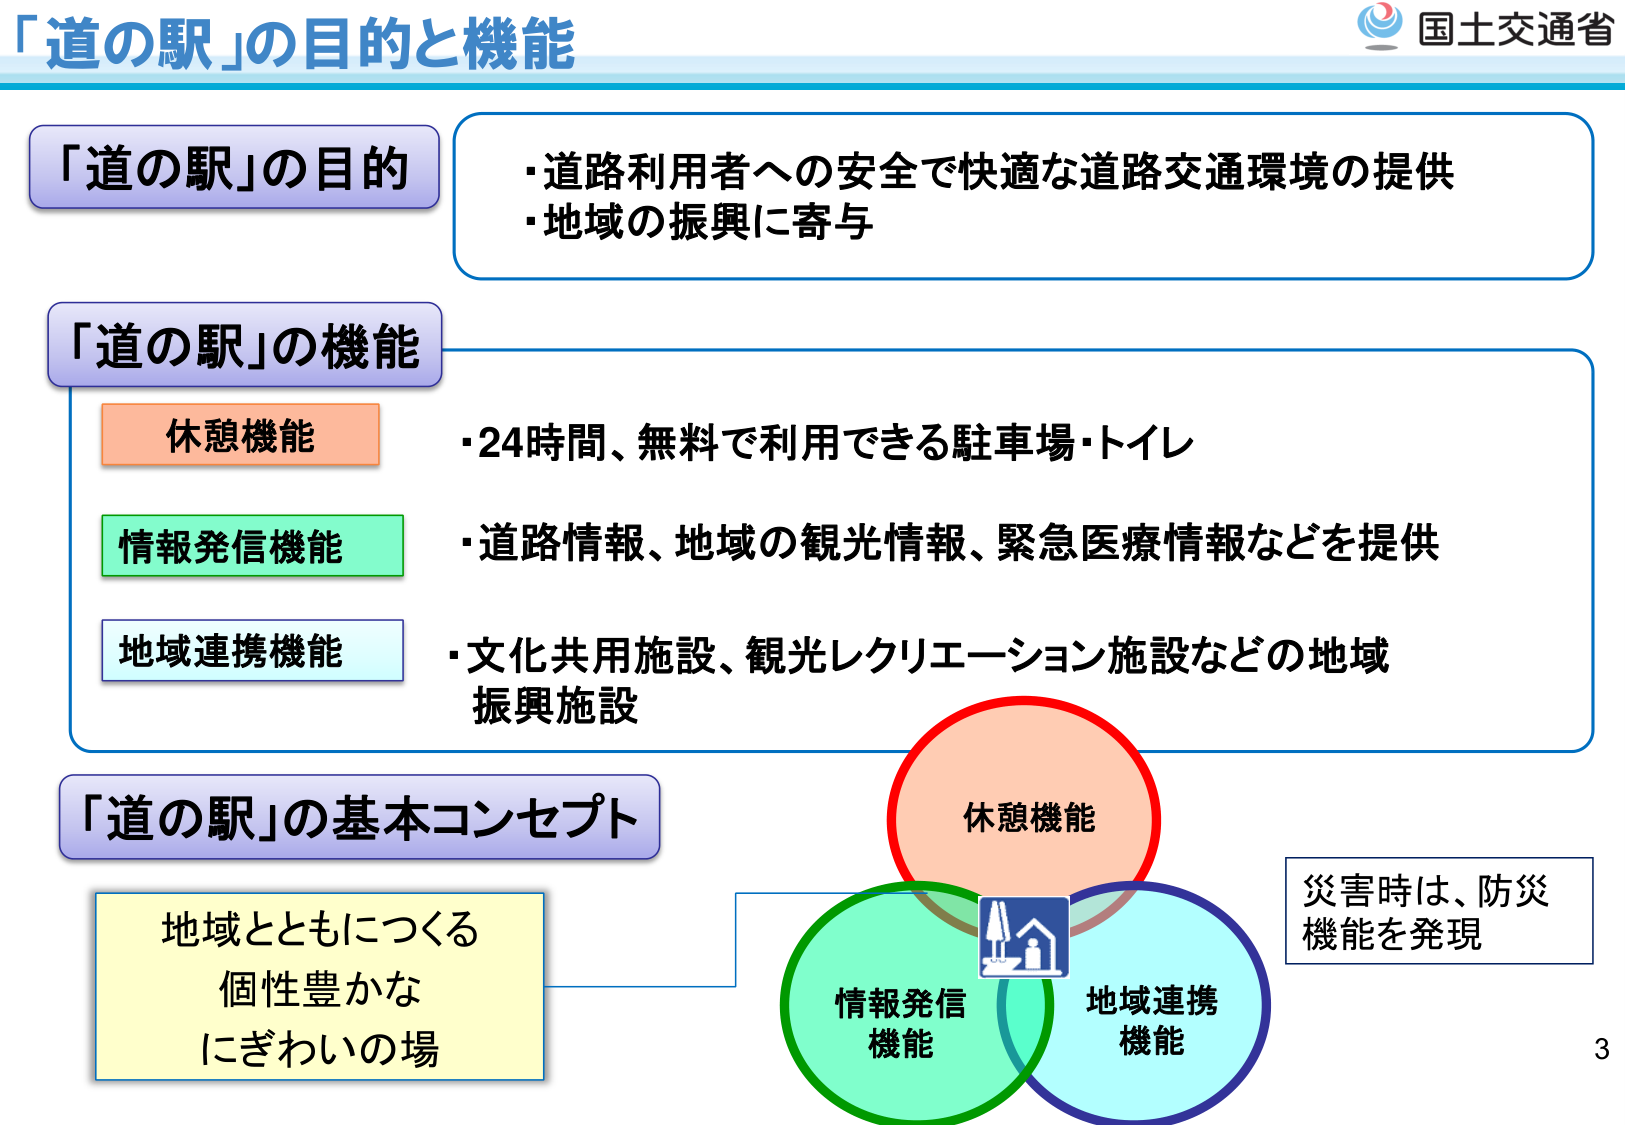
「道の駅」の目的と機能

「道の駅」の目的
・道路利用者への安全で快適な道路交通環境の提供
・地域の振興に寄与

「道の駅」の機能
休憩機能
・24時間、無料で利用できる駐車場・トイレ

情報発信機能
・道路情報、地域の観光情報、緊急医療情報などを提供

地域連携機能
・文化共用施設、観光レクリエーション施設などの地域振興施設

「道の駅」の基本コンセプト
地域とともにつくる
個性豊かな
にぎわいの場

休憩機能
情報発信機能
地域連携機能

災害時は、防災
機能を発現

国土交通省
3